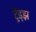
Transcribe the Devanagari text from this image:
ट्रेंड्‌झ